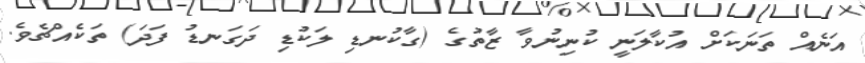
އަނެއް ތަނަކަށް އުކާލަނީ ކުނިނުވާ ޒާތުގެ (ގާކުނޑި ލަކުޑި ދަގަނޑު ފަދަ) ތަކެއްޗެވެ.